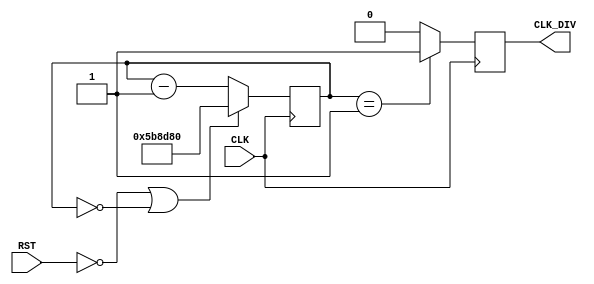
/*  
*  clk_div - simple clock signal divider
*/


module clk_div
(
	CLK, RST, CLK_DIV
);

	input CLK;
	input RST;
	output CLK_DIV;

    reg [31:0] cntr;
    reg CLK_DIV;
    parameter divider = 32'd6_000_000;
   // parameter divider = 32'd24000000;

 	always@(posedge CLK)
	begin
		if(!RST || !cntr) cntr <= divider;
		else cntr <= cntr - 1;
	end

 	always@(posedge CLK)
	begin
		if(cntr == 1) CLK_DIV = 1;
		else CLK_DIV = 0;
	end


endmodule